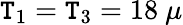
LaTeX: \mathtt{T}_{1}=\mathtt{T}_{3}=18~\mu